Leaving Certificate Examination, 1911
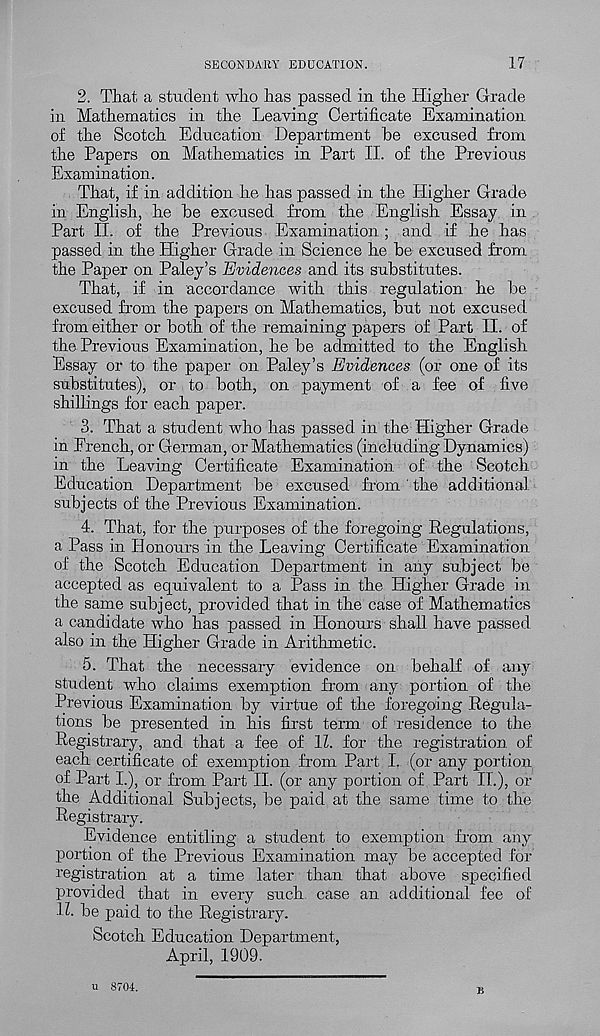
SECONDARY EDUCATION.
17
2. That a student who has passed in the Higher Grade
in Mathematics in the Leaving Certificate Examination
of the Scotch Education Department he excused from
the Papers on Mathematics in Part II. of the Previous
Examination.
That, if in addition he has passed in the Higher Grade
in English, he he excused from the English Essay in
Part II. of the Previous Examination; and if he has
passed in the Higher Grade in Science he be excused from
the Paper on Paley’s Evidences and its substitutes.
That, if in accordance with this regulation he he
excused from the papers on Mathematics, hut not excused
from either or both of the remaining papers of Part II. of
the Previous Examination, he he admitted to the English
Essay or to the paper on Paley’s Evidences (or one of its
substitutes), or to both, on payment of a fee of five
shillings for each paper.
3. That a student who has passed in the Higher Grade
in French, or German, or Mathematics (including Dynamics)
in the Leaving Certificate Examination of the Scotch
Education Department he excused from the additional
subjects of the Previous Examination.
4. That, for the purposes of the foregoing Regulations,
a Pass in Honours in the Leaving Certificate Examination
of the Scotch Education Department in any subject be
accepted as equivalent to a Pass in the Higher Grade in
the same subject, provided that in the case of Mathematics
a candidate who has passed in Honours shall have passed
also in the Higher Grade in Arithmetic.
5. That the necessary evidence on behalf of any
student who claims exemption from any portion of the
Previous Examination by virtue of the foregoing Regula-
tions be presented in his first term of residence to the
Registrary, and that a fee of 11. for the registration of
each certificate of exemption from Part I. (or any portion
of Part I.), or from Part II. (or any portion of Part II.), or
the Additional Subjects, be paid at the same time to the
Registrary.
Evidence entitling a student to exemption from any
portion of the Previous Examination may be accepted for
registration at a time later than that above specified
provided that in every such case an additional fee of
H. be paid to the Registrary.
Scotch Education Department,
April, 1909.
u 8704.
B